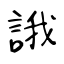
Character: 誐